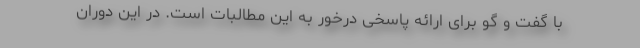
با گفت و گو برای ارائه پاسخی درخور به این مطالبات است. در این دوران